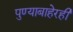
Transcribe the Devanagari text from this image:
पुण्याबाहेरही